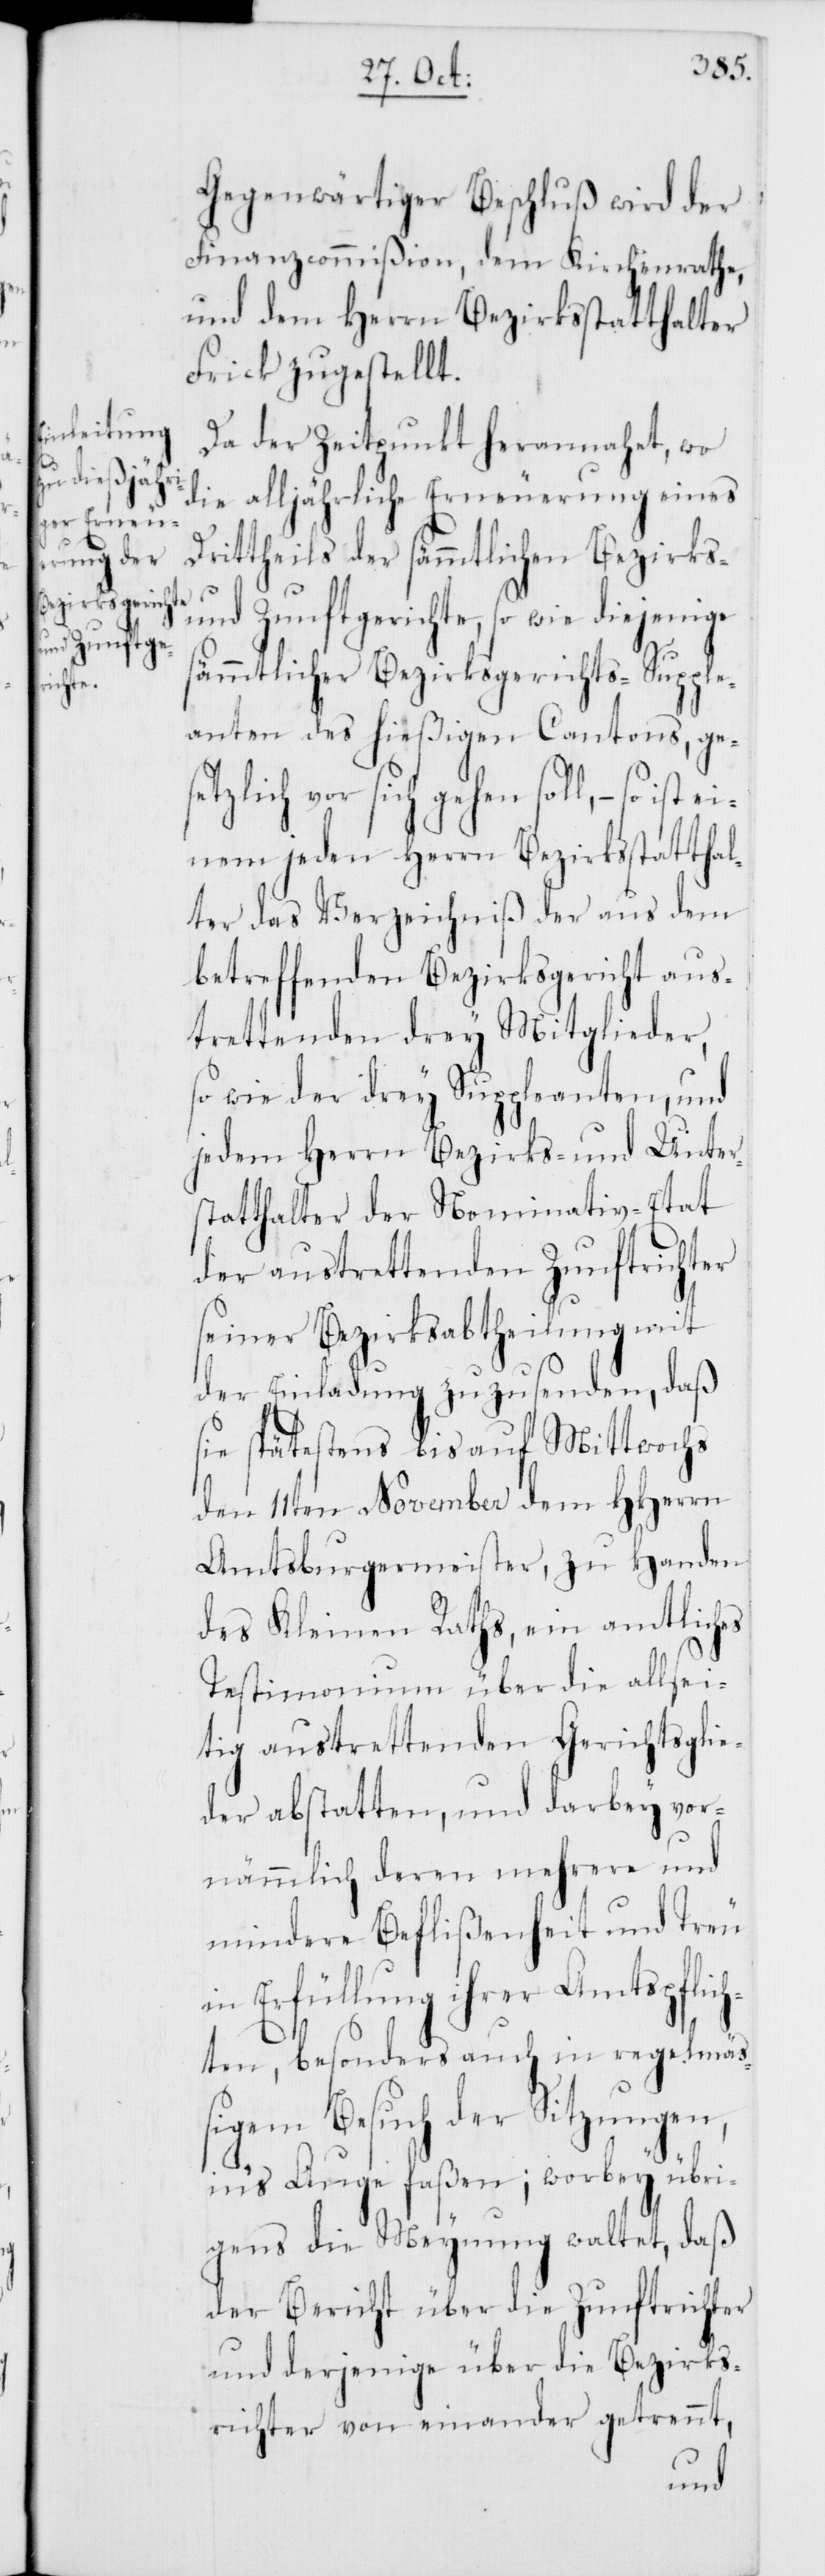
ist ei¬

Gegenwärtiger Beschluß wird der
Finanzcommißion, dem Kirchenrathe
und dem Herrn Bezirksstatthalter
Frick zugestellt.
Da der Zeitpunkt herannahet, wo
die alljährliche Erneuerung eines
Dritttheils der sämmtlichen Bezirks-
und Zunftgerichte, so wie diejenige
sämmtlicher Bezirksgerichts-Supple¬
anten des hießigen Cantons, ge¬
lich vor sich gehen soll, – so
nem jeden Herrn Bezirksstatthal¬
ter das Verzeichniß der aus dem
betreffenden Bezirksgericht aus¬
trettenden drey Mitglieder,
so wie der drey Suppleanten, und
jedem Herrn Bezirks- und Unter¬
statthalter der Nominativ-Etat
der austrettenden Zunftrichter
seiner Bezirksabtheilung mit
der Einladung zuzusenden, daß
sie spätestens bis auf Mittwochs
den 11ten November dem HHerrn
Amtsburgermeister, zu Handen
des Kleinen Raths, ein amtliches
Testimonium über die allsei¬
tig austrettenden Gerichtsglie¬
der abstatten, und darbey vor¬
nämmlich deren mehrere und
mindere Beflißenheit und Treu
Erfüllung ihrer Amtspflic¬
hten, besonders auch in regelmäß¬
igem Besuch der Sitzungen,
in’s Auge faßen; worbey übri¬
gens die Meynung waltet, daß
der Bericht über die Zunftrichter
und derjenige über die Bezirks¬
richter von einander getrennt,